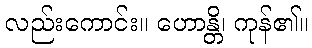
လည်းကောင်း။ ဟောန္တိ၊ ကုန်၏။